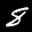
Label: 8